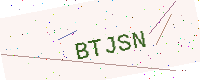
Text: BTJSN